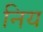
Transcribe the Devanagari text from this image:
निय